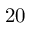
2 0